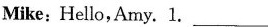
Mike:Hello,Amy. 1. ___